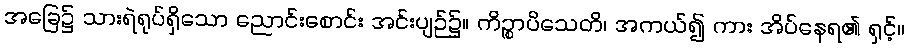
အခြေ၌ သားရဲရုပ်ရှိသော ညောင်းစောင်း အင်းပျဉ်၌။ ကိဉ္စာပိသေတိ၊ အကယ်၍ ကား အိပ်နေရ၏ ရှင့်။